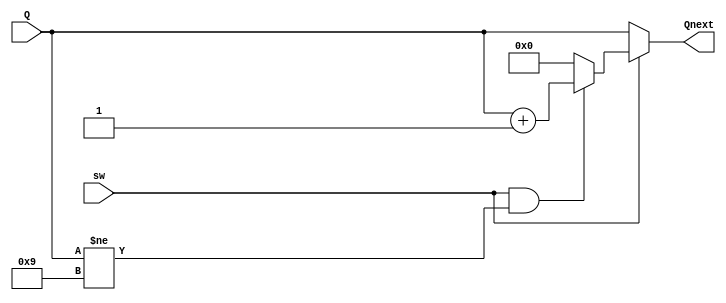
`timescale 1ns / 1ps
//////////////////////////////////////////////////////////////////////////////////
// Company: 
// Engineer: 
// 
// Design Name: 
// Module Name:    Combinacional10 
// Project Name: 
// Target Devices: 
// Tool versions: 
// Description: 
//
// Dependencies: 
//
// Revision: 
// Revision 0.01 - File Created
// Additional Comments: 
//
//////////////////////////////////////////////////////////////////////////////////

module Combinacional10(
    input [3:0]Q,
    input sw,
    output [3:0]Qnext
    );

	assign Qnext = (sw==0)? Q:
						(sw==1 && Q!=9)? Q+1:0;
	
						
endmodule